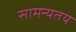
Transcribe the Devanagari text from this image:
सामन्यतय